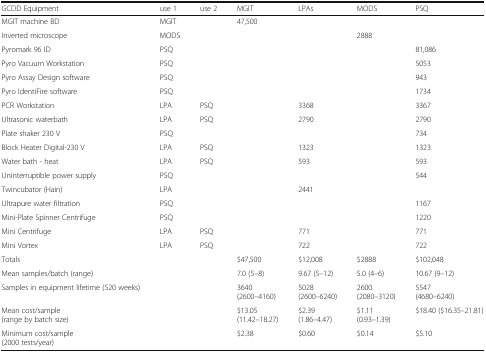
| GCDD Equipment | use 1 | use 2 | MGIT | LPAs | MODS | PSQ |
 | --- | --- | --- | --- | --- | --- | --- |
 | MGIT machine BD | MGIT |  | 47,500 |  |  |  |
 | Inverted microscope | MODS |  |  |  | 2888 |  |
 | Pyromark 96 ID | PSQ |  |  |  |  | 81,086 |
 | Pyro Vacuum Workstation | PSQ |  |  |  |  | 5053 |
 | Pyro Assay Design software | PSQ |  |  |  |  | 943 |
 | Pyro IdentiFire software | PSQ |  |  |  |  | 1734 |
 | PCR Workstation | LPA | PSQ |  | 3368 |  | 3367 |
 | Ultrasonic waterbath | LPA | PSQ |  | 2790 |  | 2790 |
 | Plate shaker 230 V | PSQ |  |  |  |  | 734 |
 | Block Heater Digital-230 V | LPA | PSQ |  | 1323 |  | 1323 |
 | Water bath - heat | LPA | PSQ |  | 593 |  | 593 |
 | Uninterruptible power supply | PSQ |  |  |  |  | 544 |
 | Twincubator (Hain) | LPA |  |  | 2441 |  |  |
 | Ultrapure water filtration | PSQ |  |  |  |  | 1167 |
 | Mini-Plate Spinner Centrifuge | PSQ |  |  |  |  | 1220 |
 | Mini Centrifuge | LPA | PSQ |  | 771 |  | 771 |
 | Mini Vortex | LPA | PSQ |  | 722 |  | 722 |
 | Totals |  |  | $47,500 | $12,008 | $2888 | $102,048 |
 | Mean samples/batch (range) |  |  | 7.0 (5–8) | 9.67 (5–12) | 5.0 (4–6) | 10.67 (9–12) |
 | Samples in equipment lifetime (520 weeks) |  |  | 3640(2600–4160) | 5028(2600–6240) | 2600(2080–3120) | 5547(4680–6240) |
 | Mean cost/sample(range by batch size) |  |  | $13.05(11.42–18.27) | $2.39(1.86–4.47) | $1.11(0.93–1.39) | $18.40 ($16.35–21.81) |
 | Minimum cost/sample(2000 tests/year) |  |  | $2.38 | $0.60 | $0.14 | $5.10 |